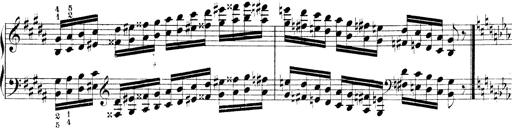
Title: Technische Studien
Composer: Franz Liszt